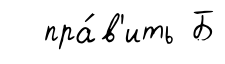
пра́в'ить Б